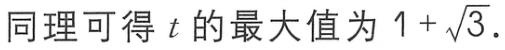
同理可得 \(t\) 的最大值为 \(1 + \sqrt{3}\).